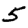
Digit: 5